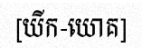
[យីក-យោគ]